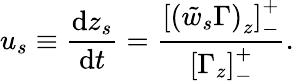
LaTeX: u_{s}\equiv\frac{\mathrm{d}z_{s}}{\mathrm{d}t}=\frac{\left[\left(\tilde{w}_{s}\Gamma\right)_{z}\right]_{-}^{+}}{\left[\Gamma_{z}\right]_{-}^{+}}.